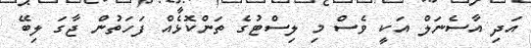
އަދި އާސެނަލް އަކީ ވެސް މި ލިސްޓުގެ ތަންކޮޅެއް ފަހަތުން ޖާގަ ލިބޭ